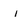
Character: i